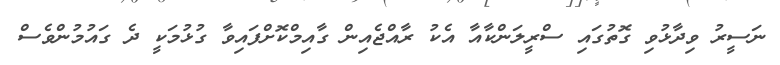
ނަސީރު ވިދާޅުވި ގޮތުގައި ސްރީލަންކާއާ އެކު ރާއްޖެއިން ގާއިމްކޮށްފައިވާ ގުޅުމަކީ ދެ ގައުމުންވެސް